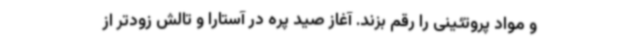
و مواد پروتئینی را رقم بزند. آغاز صید پره در آستارا و تالش زودتر از